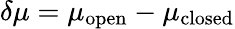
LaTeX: \delta\mu=\mu_{\mathrm{open}}-\mu_{\mathrm{closed}}